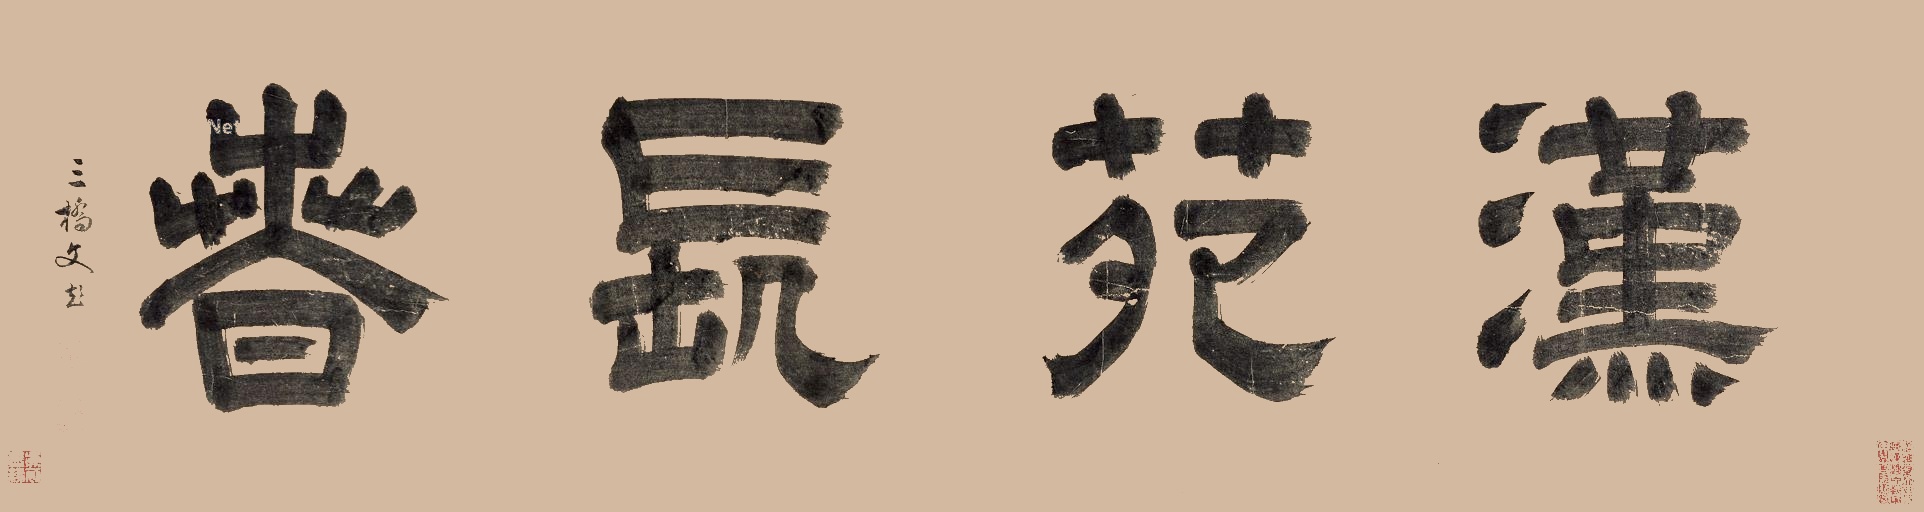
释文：汉苑长春三桥文彭。